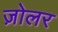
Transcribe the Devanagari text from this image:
ज़ोलर